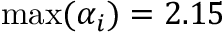
\operatorname* { m a x } ( \alpha _ { i } ) = 2 . 1 5